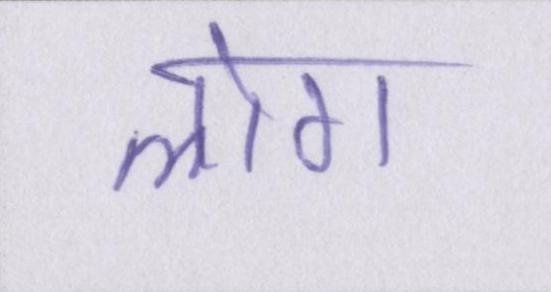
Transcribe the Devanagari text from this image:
लोग